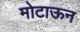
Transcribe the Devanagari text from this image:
मोटाऊन